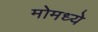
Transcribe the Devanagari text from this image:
मोमध्ये